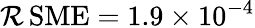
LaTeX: \operatorname{\mathcal{R}SME}=1.9\times10^{-4}